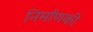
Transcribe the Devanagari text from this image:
निर्माणकी